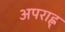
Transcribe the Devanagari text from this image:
अपराह्न्